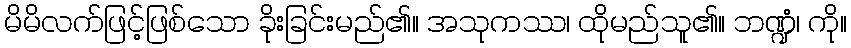
မိမိလက်ဖြင့်ဖြစ်သော ခိုးခြင်းမည်၏။ အသုကဿ၊ ထိုမည်သူ၏။ ဘဏ္ဍံ၊ ကို။